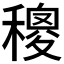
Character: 𥢄